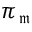
\pi _ { \mathfrak { m } }